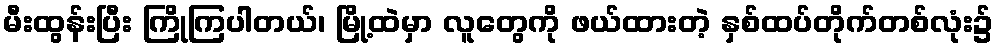
မီးထွန်းပြီး ကြိုကြပါတယ်၊ မြို့ထဲမှာ လူတွေကို ဖယ်ထားတဲ့ နှစ်ထပ်တိုက်တစ်လုံး၌